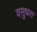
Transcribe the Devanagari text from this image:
वसुधरा